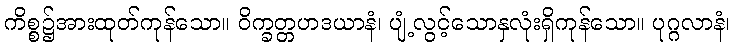
ကိစ္စ၌အားထုတ်ကုန်သော။ ဝိက္ခတ္တဟဒယာနံ၊ ပျံ့လွင့်သောနှလုံးရှိကုန်သော။ ပုဂ္ဂလာနံ၊